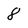
Character: 8